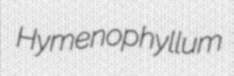
Hymenophyllum